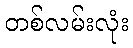
တစ်လမ်းလုံး